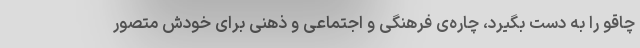
چاقو را به دست بگیرد، چاره‌ی فرهنگی و اجتماعی و ذهنی برای خودش متصور